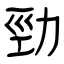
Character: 勁